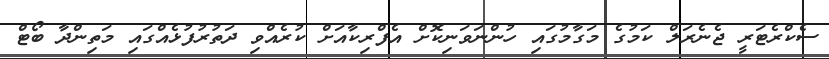
ސެކްރެޓަރީ ޖެނެރަލް ކަމުގެ މަގާމުގައި ހުންނަވަނިކޮށް އެފްރިކާއަށް ކުރެއްވި ދަތުރުފުޅެއްގައި މަތިންދާ ބޯޓް